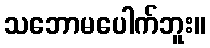
သဘောမပေါက်ဘူး။